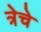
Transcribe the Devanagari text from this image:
त्रेचे